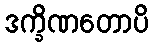
ဒက္ခိဏတောပိ